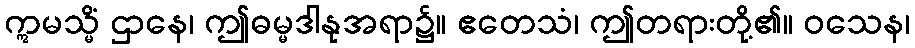
ဣမသ္မိံ ဌာနေ၊ ဤဓမ္မဒါနုအရာ၌။ ဧတေသံ၊ ဤတရားတို့၏။ ဝသေန၊